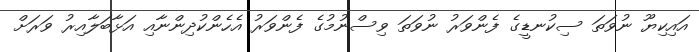
އައިކިޔޫ ނުވަތަ ސިކުނޑީގެ ފެންވަރު ނުވަތަ ވިސްނުމުގެ ފެންވަރު އެހެންކުދިންނާއި އަޅާބަލާއިރު ވަރަށް